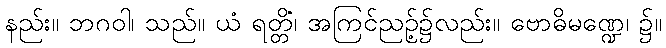
နည်း။ ဘဂဝါ၊ သည်။ ယံ ရတ္တိံ၊ အကြင်ညဉ့်၌လည်း။ ဗောဓိမဏ္ဍေ၊ ၌။